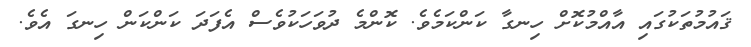
ޤައުމުތަކުގައި އާއްމުކޮށް ހިނގާ ކަންކަމެވެ. ކޮންމެ ދުވަހަކުވެސް އެފަދަ ކަންކަން ހިނގަ އެވެ.